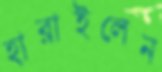
হারাইলেন